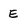
Character: E